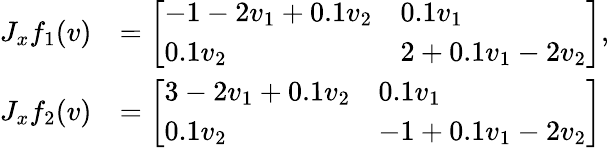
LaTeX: \begin{array}{rl}{J_{x}f_{1}(v)}&{=\left[\begin{array}{ll}{-1-2v_{1}+0.1v_{2}}&{0.1v_{1}}\\ {0.1v_{2}}&{2+0.1v_{1}-2v_{2}}\end{array}\right],}\\ {J_{x}f_{2}(v)}&{=\left[\begin{array}{ll}{3-2v_{1}+0.1v_{2}}&{0.1v_{1}}\\ {0.1v_{2}}&{-1+0.1v_{1}-2v_{2}}\end{array}\right]}\end{array}